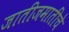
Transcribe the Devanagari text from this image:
जातीजमातींचे